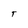
Character: T